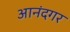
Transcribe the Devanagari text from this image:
आनंदगर